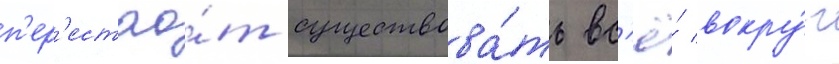
п'ер'естао́т существова́ть вс'ё́ вокру́г